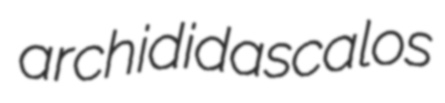
archididascalos